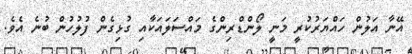
އޭނާ އަލުން ހައްޔަރުކުރީ މަނީ ލޯންޑްރިންގެ މައްސަލައަކާއި ގުޅިގެން ފުލުހުން ބުނެ އެވެ.